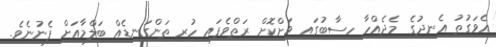
އެވަގުތު އެނދުގެ މެދެއްހާ ހިސާބުގައި ވަށްކޮށް ރަތްވެފައި ހުރި ތަންގަނޑެއް ބަލްމާއަށް ފެނުނެވެ.